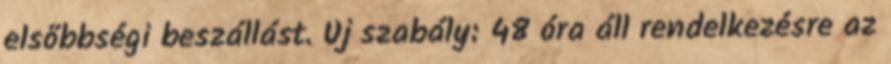
elsőbbségi beszállást. Új szabály: 48 óra áll rendelkezésre az